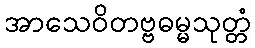
အာသေဝိတဗ္ဗဓမ္မသုတ္တံ